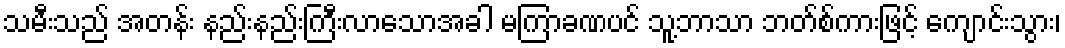
သမီးသည် အတန်း နည်းနည်းကြီးလာသောအခါ မကြာခဏပင် သူ့ဘာသာ ဘတ်စ်ကားဖြင့် ကျောင်းသွား၊